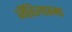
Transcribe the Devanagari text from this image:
जैंतिलास्मा